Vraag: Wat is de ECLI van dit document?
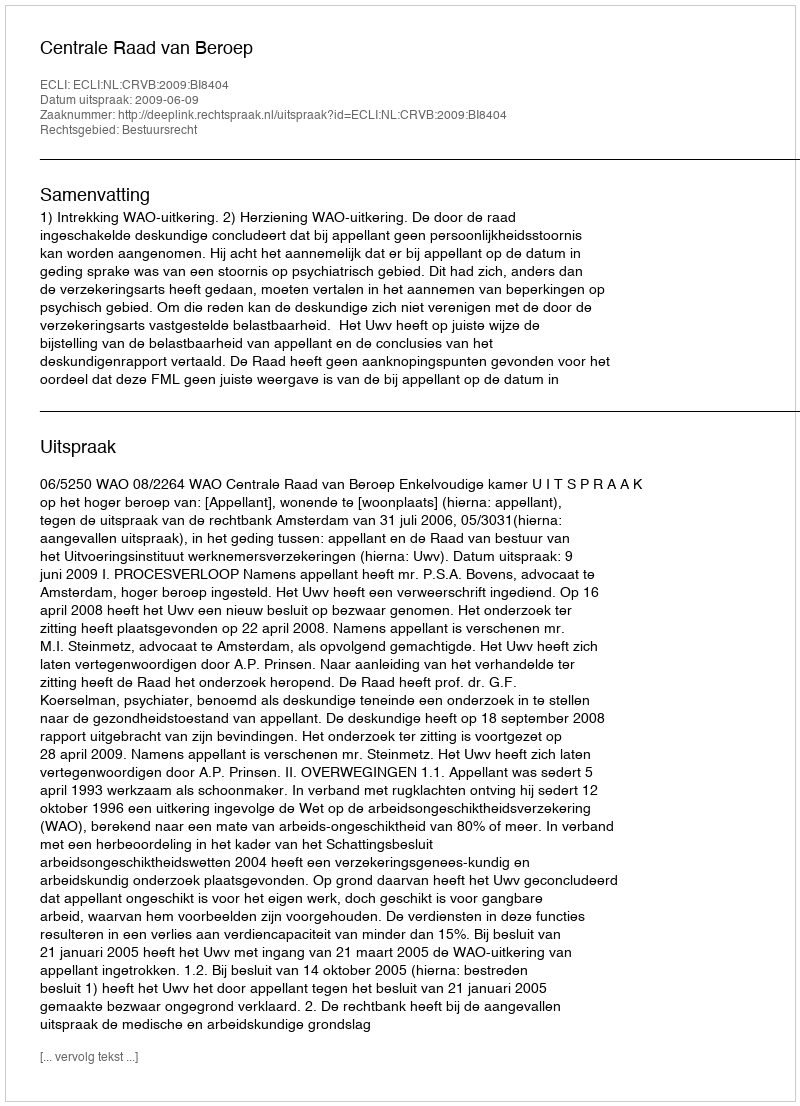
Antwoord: ECLI:NL:CRVB:2009:BI8404